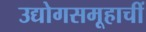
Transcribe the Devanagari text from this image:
उद्योगसमूहाचीं